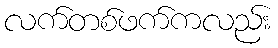
လက်တစ်ဖက်ကလည်း